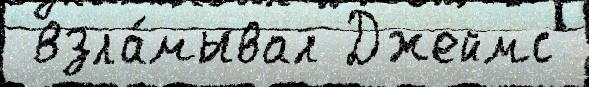
 взла́мывал Джеймс